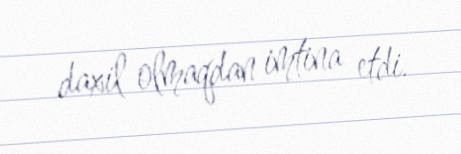
daxil olmaqdan imtina etdi.